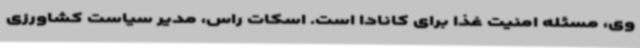
وی، مسئله امنیت غذا برای کانادا است. اسکات راس، مدیر سیاست کشاورزی